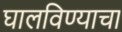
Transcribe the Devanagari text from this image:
घालविण्याचा